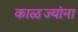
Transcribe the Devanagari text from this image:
काळज्यांना